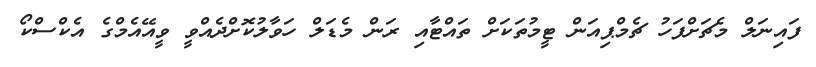
ފައިނަލް މެޗަށްފަހު ޗެމްޕިއަން ޓީމުތަކަށް ތައްޓާއި ރަން މެޑަލް ހަވާލުކޮށްދެއްވީ ވީއޭއެމްގެ އެކްސްކޯ